Report on the cholera epidemic of
Year: 1868
Disease focus: Cholera
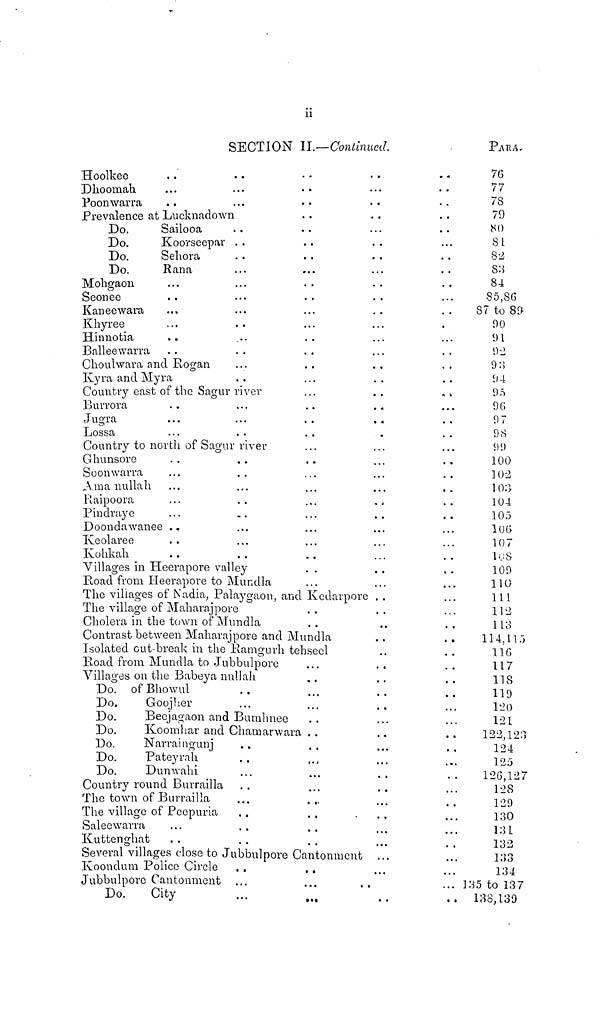
11
SECTION IL—Continued.
PARA,
Hoolkee ..
Dhoomah ..
Poonwarra ..
...
. • •
...
Prevalence at Lucknadown
Do.
Sailooa
Do.
Koorseepar
Do.
Sehora
Do.
Rana
Mohgaon ...
Seonee ...
Kaneewara ...
Khyree ...
Hinnotia
Balleewarra ...
Choulwara and Bogan
Kyra and Myra
Country east of the Sagur
Burrora
..
Jugra ...
Lossa ...
..
..
• •
..
..
...
• • •
•
...
..
. . .
•
•
river
....
• •.•
•. •
Country to north of Sagur river
Ghunsore ...
Soonwarra ...
Ama nullah ...
Raipoora ...
Pindraye ...
Doondawanee ..
Iveolaree ...
Ivohkah ...
•
•
...
. • •
•
•
...
. • •
...
...
Villages in Heempore vralley
Boad from Heerapore tc
The villages of Nadia, P
The village of Maharajpi
Mundla
alaygaon, an
ore
Cholera in the town of Mundla
...
...
....
...
..
..
..
..
..
...
...
•..
...
...
..
..
. . .
• •
...
• . *
...
•
•
* • •
...
.. .
...
...
...
•. •
...
...
d Kedarpo
..
...
Contrast between Maharajpore and Mundli
Isolated cut-break in the Eamgurh tehseel
Road from Mundla to Juboulpore
Villages on the Babeya n
Do. of Bhowul
Do.
Goojher
ullah
...
...
Do.
Beejagaon and Bumhnee
...
...
..
...
...
Do.
Koomhar and Chamarwara
DO.
Koomhar andCham arwar
Do.
Pateyrah
Do.
Dunwahi
Country round Burrailla
The town of BurrailL
The village of Peepuria
Saleewarra
Kuttenghat ...
..
..
...
1
...
• • •
...
..
...
..
..
• •
...
...
...
•
• . •
...
Several villages close to J ubbulpore Cantonmen
Koondum Police Circle
Jubbulpore Cantonment
Do.
City
...
...
...
...
..
..
...
...
...
...
..
•
•
..
..
..
...
...
...
...
..
...
..
..
•
•
•
•
...
•.
.
...
...
...
...
...
* • a
...
. • •
* •
...
re ..
...
..
..
...
...
...
..
• . •
...
..
...
...
...
...
..
..
• • •
t ...
...
..
...
...
...
...
..
..
• •
..
..
..
...
...
..
...
...
...
• •
..
..
•. •
...
...
..
...
...
..
..
...
...
...
...
• • •
....
...
...
...
..
...
...
• •
...
...
...
...
...
...
...
...
• • •
...
...
...
...
... 135
... 1
76
77
78
79
80
81
82
83
84
85,86
87 to 89
90
91
92
93
94
95
9 6
97
98
99
100
102
103
104
105
106
107
108
109
110
111
112
113
114,115
7
116
117
118
119
120
121
122,123
125
126,127
128
129
130
131
133
133
134
to 137
36,139